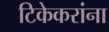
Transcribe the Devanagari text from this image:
टिकेकरांना